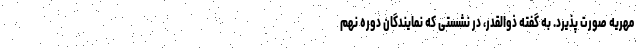
مهریه صورت پذیرد. به‌ گفته ذوالقدر، در نشستی که نمایندگان دوره نهم